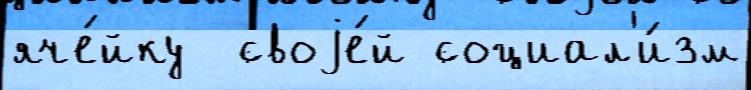
яче́йку  своjе́й социал'и́зм